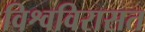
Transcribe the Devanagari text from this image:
विश्वविरासत